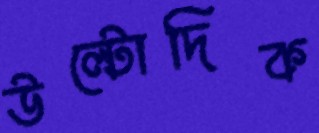
উল্টোদিক